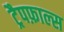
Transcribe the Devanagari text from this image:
ट्रैपफ़ाल्स